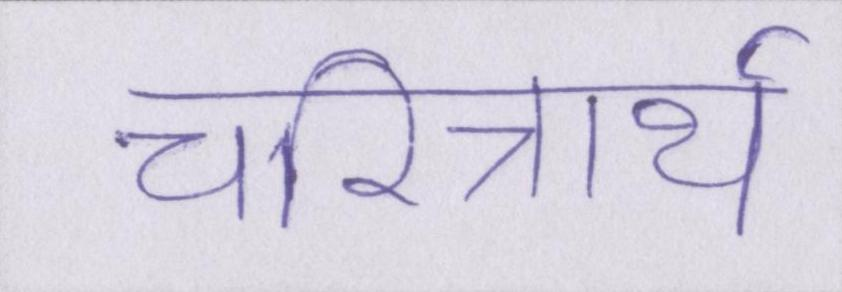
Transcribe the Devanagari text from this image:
चरित्रार्थ